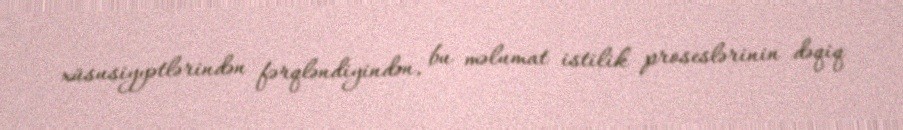
xüsusiyyətlərindən fərqləndiyindən, bu məlumat istilik proseslərinin dəqiq